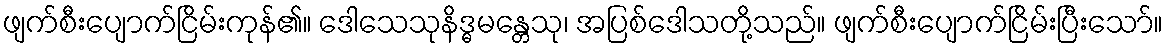
ဖျက်စီးပျောက်ငြိမ်းကုန်၏။ ဒေါသေသုနိဒ္ဓမန္တေသု၊ အပြစ်ဒေါသတို့သည်။ ဖျက်စီးပျောက်ငြိမ်းပြီးသော်။